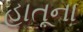
હાતૂના